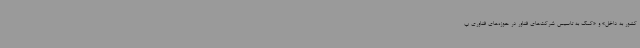
کشور به داخل» و «کمک به تاسیس شرکت‌های فناور در حوزه‌های فناوری پ